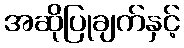
အဆိုပြုချက်နှင့်